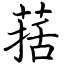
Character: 葀